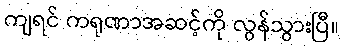
ကျရင် ကရုဏာအဆင့်ကို လွန်သွားပြီ။